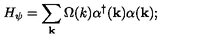
H _ { \psi } = \sum _ { \bf k } \Omega ( k ) { \alpha } ^ { \dagger } ( { \bf k } ) { \alpha } ( { \bf k } ) ;